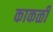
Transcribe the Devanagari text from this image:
काकळी